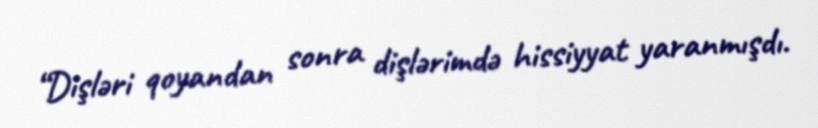
“Dişləri qoyandan sonra dişlərimdə hissiyyat yaranmışdı.